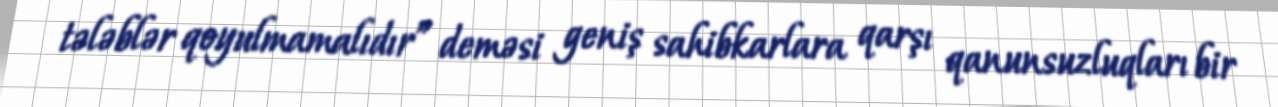
tələblər qoyulmamalıdır” deməsi geniş sahibkarlara qarşı qanunsuzluqları bir